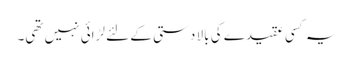
یہ کسی عقیدے کی بالا دستی کے لئے لڑائی نہیں تھی۔